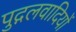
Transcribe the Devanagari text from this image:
पुद्गलवादियों